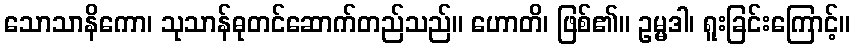
သောသာနိကော၊ သုသာန်ဓုတင်ဆောက်တည်သည်။ ဟောတိ၊ ဖြစ်၏။ ဥမ္မဒါ၊ ရူးခြင်းကြောင့်။